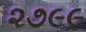
૨૭૯૯